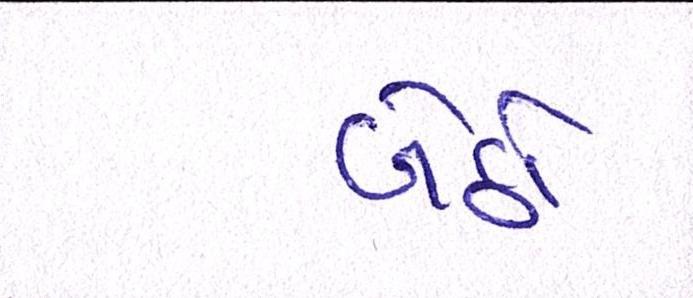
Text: બેઠો